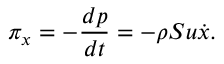
\pi _ { x } = - \frac { d p } { d t } = - \rho S u \dot { x } .